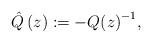
LaTeX: \begin{align*}\hat{Q}\left( z \right):=-{Q(z)}^{-1},\thinspace \end{align*}